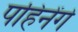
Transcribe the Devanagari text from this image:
पहिनेंगे